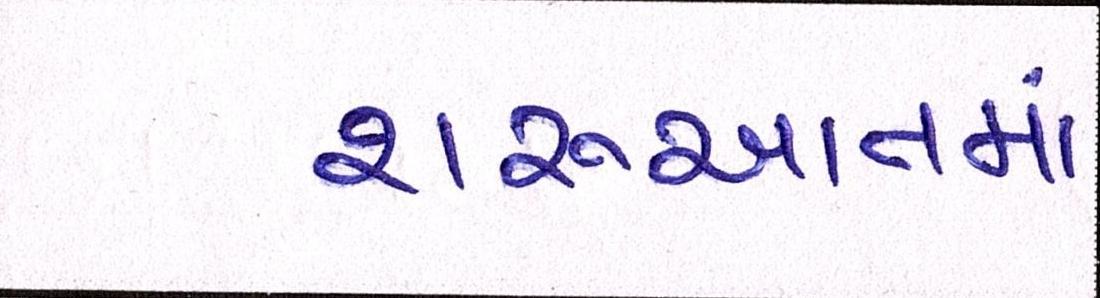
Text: શરૂઆતમાં